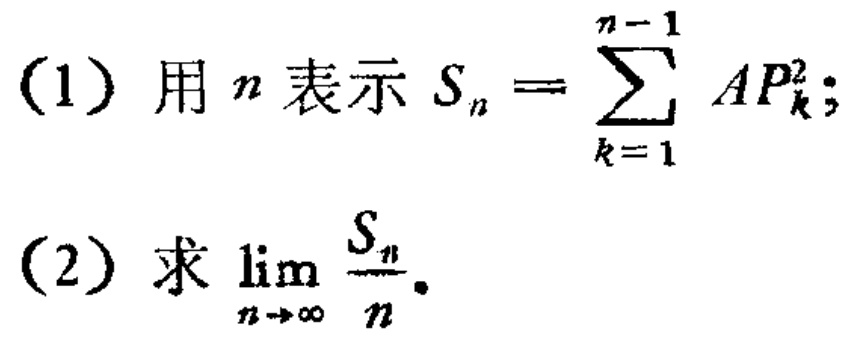
(1) 用 \(n\) 表示 \(S_{n}=\sum_{k = 1}^{n - 1}AP_{k}^{2}\);
(2) 求 \(\lim_{n\rightarrow\infty}\frac{S_{n}}{n}\).